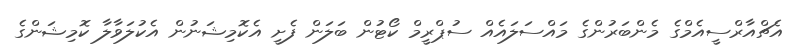
އެޗްއާރްސީއެމްގެ މެންބަރުންގެ މައްސަލައެއް ސުޕްރީމް ކޯޓުން ބަލަން ފެށީ އެކޮމިޝަނުން އެކުލަވާލާ ކޮމިޝަންގެ